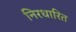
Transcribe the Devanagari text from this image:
निरधारित